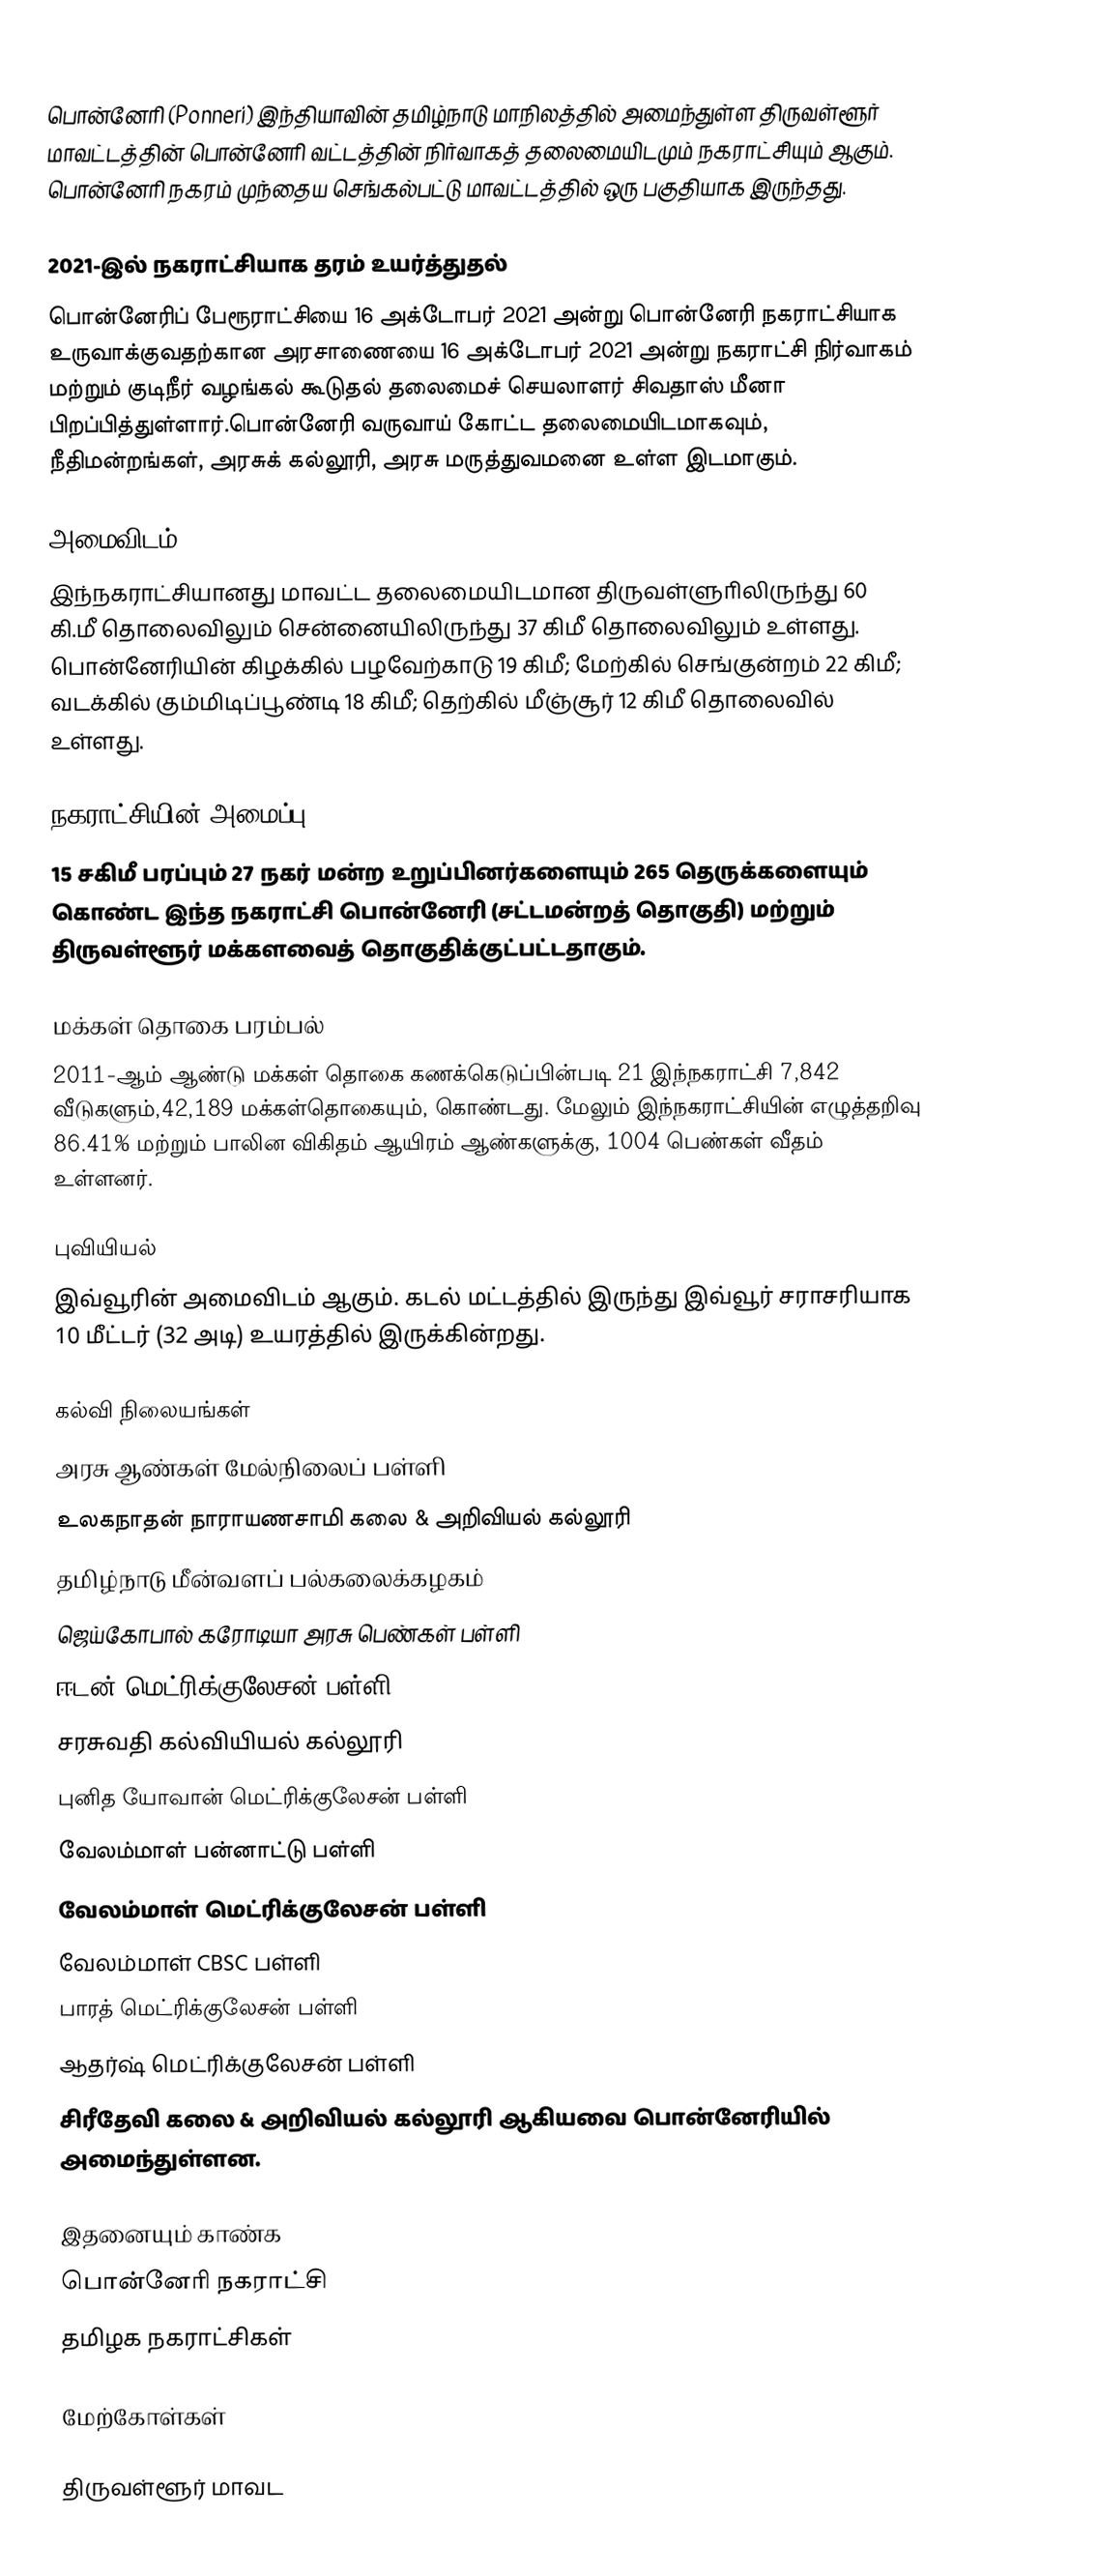
பொன்னேரி (Ponneri) இந்தியாவின் தமிழ்நாடு மாநிலத்தில் அமைந்துள்ள திருவள்ளூர் மாவட்டத்தின் பொன்னேரி வட்டத்தின் நிர்வாகத் தலைமையிடமும் நகராட்சியும் ஆகும். பொன்னேரி நகரம் முந்தைய செங்கல்பட்டு மாவட்டத்தில் ஒரு பகுதியாக இருந்தது.

2021-இல் நகராட்சியாக தரம் உயர்த்துதல்
பொன்னேரிப் பேரூராட்சியை 16 அக்டோபர் 2021 அன்று பொன்னேரி நகராட்சியாக  உருவாக்குவதற்கான அரசாணையை 16 அக்டோபர் 2021 அன்று  நகராட்சி நிர்வாகம் மற்றும் குடிநீர் வழங்கல் கூடுதல் தலைமைச் செயலாளர் சிவதாஸ் மீனா பிறப்பித்துள்ளார்.பொன்னேரி வருவாய் கோட்ட தலைமையிடமாகவும், நீதிமன்றங்கள், அரசுக் கல்லூரி, அரசு மருத்துவமனை உள்ள இடமாகும்.

அமைவிடம்
இந்நகராட்சியானது மாவட்ட தலைமையிடமான திருவள்ளுாிலிருந்து 60 கி.மீ தொலைவிலும் சென்னையிலிருந்து 37 கிமீ தொலைவிலும் உள்ளது. பொன்னேரியின் கிழக்கில் பழவேற்காடு 19 கிமீ; மேற்கில் செங்குன்றம் 22 கிமீ; வடக்கில் கும்மிடிப்பூண்டி 18 கிமீ; தெற்கில் மீஞ்சூர் 12 கிமீ தொலைவில் உள்ளது.

நகராட்சியின் அமைப்பு
15 சகிமீ பரப்பும் 27 நகர் மன்ற உறுப்பினர்களையும் 265 தெருக்களையும் கொண்ட இந்த நகராட்சி பொன்னேரி (சட்டமன்றத் தொகுதி) மற்றும் திருவள்ளூர் மக்களவைத் தொகுதிக்குட்பட்டதாகும்.

மக்கள் தொகை பரம்பல்
2011-ஆம் ஆண்டு மக்கள் தொகை கணக்கெடுப்பின்படி  21 இந்நகராட்சி  7,842 வீடுகளும்,42,189 மக்கள்தொகையும், கொண்டது. மேலும் இந்நகராட்சியின் எழுத்தறிவு   86.41%  மற்றும்  பாலின விகிதம்  ஆயிரம் ஆண்களுக்கு,  1004 பெண்கள் வீதம் உள்ளனர்.

புவியியல்
இவ்வூரின் அமைவிடம்  ஆகும். கடல் மட்டத்தில் இருந்து இவ்வூர் சராசரியாக 10 மீட்டர் (32 அடி) உயரத்தில் இருக்கின்றது.

கல்வி நிலையங்கள்
 அரசு ஆண்கள் மேல்நிலைப் பள்ளி
 உலகநாதன் நாராயணசாமி கலை & அறிவியல் கல்லூரி
 தமிழ்நாடு மீன்வளப் பல்கலைக்கழகம்
 ஜெய்கோபால் கரோடியா அரசு பெண்கள் பள்ளி
 ஈடன் மெட்ரிக்குலேசன் பள்ளி
 சரசுவதி கல்வியியல் கல்லூரி
 புனித யோவான் மெட்ரிக்குலேசன் பள்ளி
 வேலம்மாள் பன்னாட்டு பள்ளி
 வேலம்மாள் மெட்ரிக்குலேசன் பள்ளி
 வேலம்மாள் CBSC பள்ளி
 பாரத் மெட்ரிக்குலேசன் பள்ளி
 ஆதர்ஷ் மெட்ரிக்குலேசன் பள்ளி
 சிரீதேவி கலை & அறிவியல் கல்லூரி ஆகியவை பொன்னேரியில் அமைந்துள்ளன.

இதனையும் காண்க
 பொன்னேரி நகராட்சி
 தமிழக நகராட்சிகள்

மேற்கோள்கள்

திருவள்ளூர் மாவட